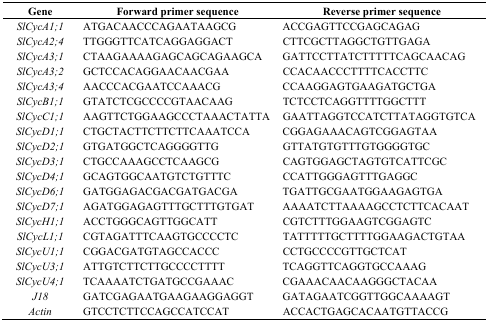
| Gene | Forward primer sequence | Reverse primer sequence |
 | --- | --- | --- |
 | SlCycA1;1 | ATGACAACCCAGAATAAGCG | ACCGAGTTCCGAGCAGAG |
 | SlCycA2;4 | TTGGGTTCATCAGGAGGACT | CTTCGCTTAGGCTGTTGAGA |
 | SlCycA3;1 | CTAAGAAAAGAGCAGCAGAAGCA | GATTCCTTATCTTTTTCAGCAACAG |
 | SlCycA3;2 | GCTCCACAGGAACAACGAA | CCACAACCCTTTTCACCTTC |
 | SlCycA3;4 | AACCCACGAATCCAAACG | CCAAGGAGTGAAGATGCTGA |
 | SlCycB1;1 | GTATCTCGCCCCGTAACAAG | TCTCCTCAGGTTTTGGCTTT |
 | SlCycC1;1 | AAGTTCTGGAAGCCCTAAACTATTA | GAATTAGGTCCATCTTATAGGTGTCA |
 | SlCycD1;1 | CTGCTACTTCTTCTTCAAATCCA | CGGAGAAACAGTCGGAGTAA |
 | SlCycD2;1 | GTGATGGCTCAGGGGTTG | GTTATGTGTTTGTGGGGTGC |
 | SlCycD3;1 | CTGCCAAAGCCTCAAGCG | CAGTGGAGCTAGTGTCATTCGC |
 | SlCycD4;1 | GCAGTGGCAATGTCTGTTTC | CCATTGGGAGTTTGAGGC |
 | SlCycD6;1 | GATGGAGACGACGATGACGA | TGATTGCGAATGGAAGAGTGA |
 | SlCycD7;1 | AGATGGAGAGTTTGCTTTGTGAT | AAAATCTTAAAAGCCTCTTCACAAT |
 | SlCycH1;1 | ACCTGGGCAGTTGGCATT | CGTCTTTGGAAGTCGGAGTC |
 | SlCycL1;1 | CGTAGATTTCAAGTGCCCCTC | TATTTTTGCTTTTGGAAGACTGTAA |
 | SlCycU1;1 | CGGACGATGTAGCCACCC | CCTGCCCCGTTGCTCAT |
 | SlCycU3;1 | ATTGTCTTCTTGCCCCTTTT | TCAGGTTCAGGTGCCAAAG |
 | SlCycU4;1 | TCAAAATCTGATGCCGAAAC | CGAAACAACAAGGGCTACAA |
 | J18 | GATCGAGAATGAAGAAGGAGGT | GATAGAATCGGTTGGCAAAAGT |
 | Actin | GTCCTCTTCCAGCCATCCAT | ACCACTGAGCACAATGTTACCG |